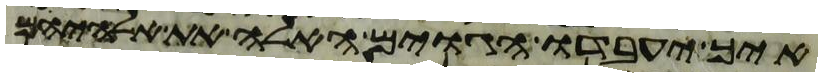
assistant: איך יעבדו הגוים האלה את אלהיהם